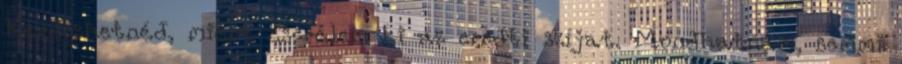
Kérdezhetnéd, miért cserélem ki az eredti szíjat. Mondhatnám, semmi